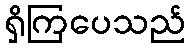
ရှိကြပေသည်